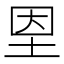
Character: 𡋘